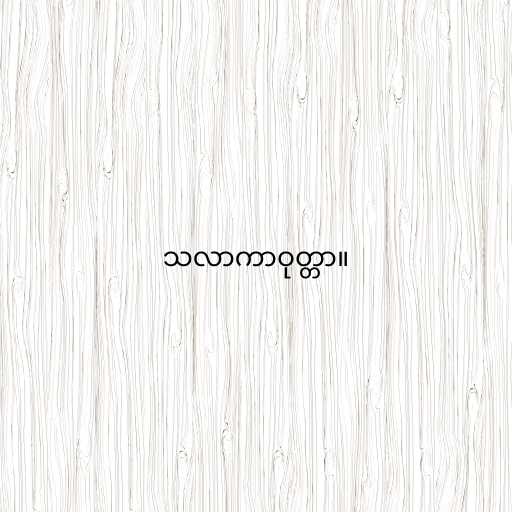
သလာကာဝုတ္တာ။